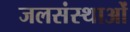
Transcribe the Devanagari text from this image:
जलसंस्थाओं